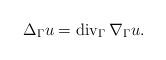
LaTeX: \begin{align*}\Delta_{\Gamma}u=\operatorname*{div}\nolimits_{\Gamma}\nabla_{\Gamma}u.\end{align*}